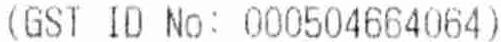
(GST ID NO: 000504664064)